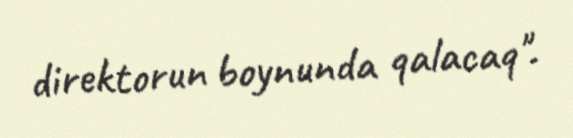
direktorun boynunda qalacaq".